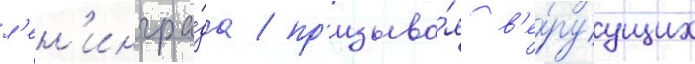
л'ен'ингра́да / пр'изыва́я в'е́руущих